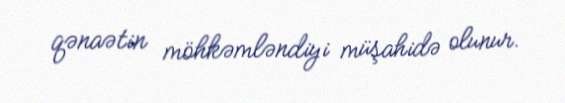
qənaətin möhkəmləndiyi müşahidə olunur.